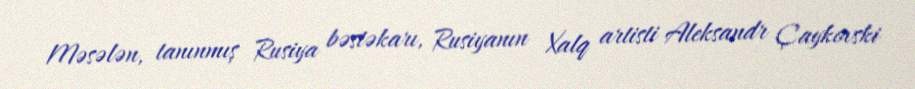
Məsələn, tanınmış Rusiya bəstəkarı, Rusiyanın Xalq artisti Aleksandr Çaykovski